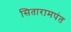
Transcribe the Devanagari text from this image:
सितारामपंत